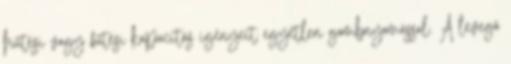
hűtési vagy fűtési kapacitás igényeit egyetlen gombnyomással. A levegő